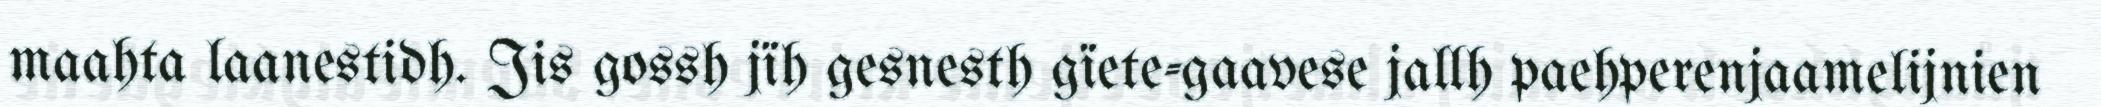
maahta laanestidh. Jis gossh jïh gesnesth gïete-gaavese jallh paehperenjaamelijnien